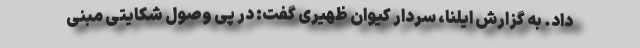
داد. به گزارش ایلنا، سردار کیوان ظهیری گفت: در پی وصول شکایتی مبنی